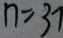
n = 3 7